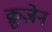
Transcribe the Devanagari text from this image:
क्रूज़ेन